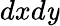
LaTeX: dxd\mathit{y}